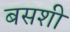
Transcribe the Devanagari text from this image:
बसशी